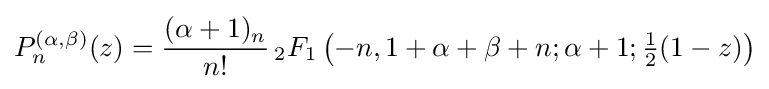
P_{n}^{(\alpha ,\beta )}(z)={\frac {(\alpha +1)_{n}}{n!}}\,{}_{2}F_{1}\left(-n,1+\alpha +\beta +n;\alpha +1;{\tfrac {1}{2}}(1-z)\right)